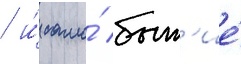
/ и́ само́ быт'ие́